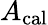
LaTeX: A_{\mathrm{cal}}